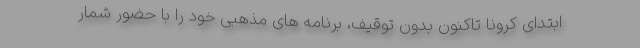
ابتدای کرونا تاکنون بدون توقیف، برنامه های مذهبی خود را با حضور شمار